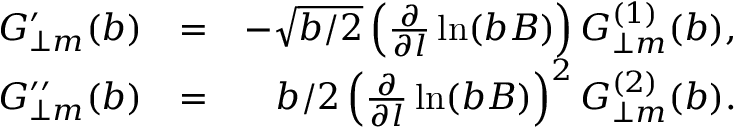
\begin{array} { r l r } { G _ { \perp m } ^ { \prime } ( b ) } & { = } & { - \sqrt { b / 2 } \left( \frac { \partial } { \partial l } \ln ( b B ) \right) G _ { \perp m } ^ { ( 1 ) } ( b ) , } \\ { G _ { \perp m } ^ { \prime \prime } ( b ) } & { = } & { b / 2 \left( \frac { \partial } { \partial l } \ln ( b B ) \right) ^ { 2 } G _ { \perp m } ^ { ( 2 ) } ( b ) . } \end{array}